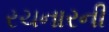
રચનારની